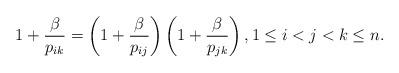
LaTeX: \begin{gather*} 1+ {\beta \over p_{ik}} =\left(1+{\beta \over p_{ij}} \right)\left(1 +{\beta \over p_{jk}}\right), 1 \le i < j < k \le n .\end{gather*}